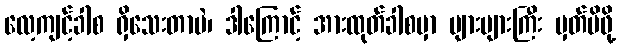
လေ့ကျင့်ခါစ ရှိသေးတာပဲ၊ ဒါကြောင့် အားထုတ်ခါစမှာ များများကြီး မှတ်မိဖို့